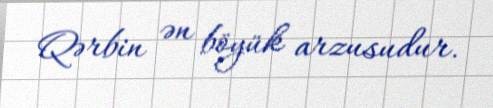
Qərbin ən böyük arzusudur.